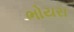
ભોયરા